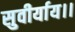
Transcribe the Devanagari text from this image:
सुवीर्याय।।